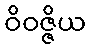
ဝိဝဇ္ဇိယ